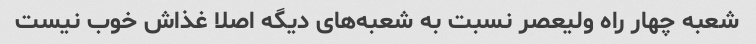
شعبه چهار راه ولیعصر نسبت به شعبه‌های دیگه اصلا غذاش خوب نیست